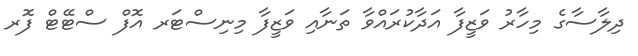
ދިލާސާގެ މިހާރު ވަޒީފާ އަދާކުރައްވާ ތަނާއި ވަޒީފާ މިނިސްޓަރ އޮފް ސްޓޭޓް ފޮރ